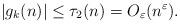
LaTeX: \begin{align*}|g_k(n)|\leq \tau_2(n)=O_{\varepsilon}(n^{\varepsilon}).\end{align*}